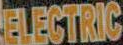
ELECTRIC